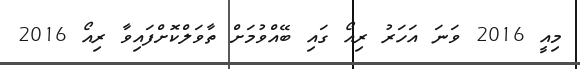
މިއީ 2016 ވަނަ އަހަރު ރިއޯ ގައި ބޭއްވުމަށް ތާވަލްކޮށްފައިވާ ރިއޯ 2016